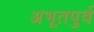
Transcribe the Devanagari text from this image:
अभूतपुर्व